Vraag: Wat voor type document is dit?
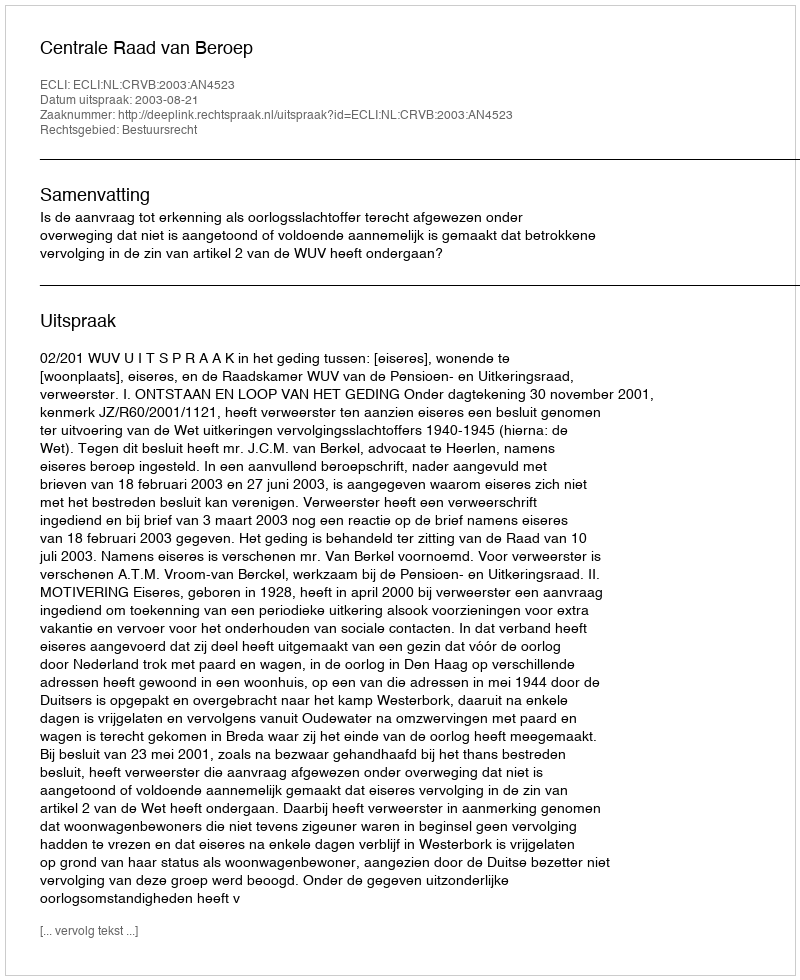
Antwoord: Uitspraak